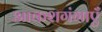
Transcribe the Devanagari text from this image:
आकशगंगाएँ